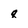
Character: q